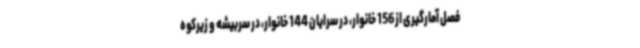
فصل آمارگیری از 156 خانوار، در سرایان 144 خانوار، در سربیشه و زیرکوه